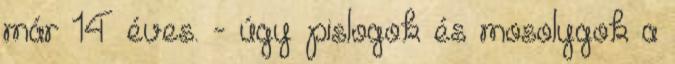
már 14 éves. - úgy pislogok és mosolygok a